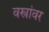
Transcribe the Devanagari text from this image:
वस्त्रांवर